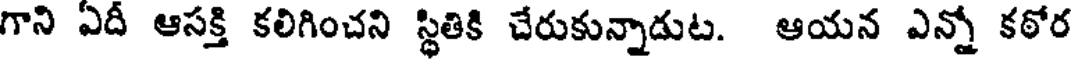
గాని ఎదీ ఆసక్తి కలిగించని స్థితికి చేరుకున్నాడుట. ఆయన ఎన్నో కఠోర